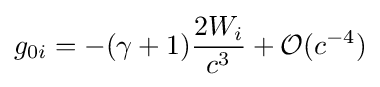
g_{0i}=-(\gamma +1){\frac {2W_{i}}{c^{3}}}+{\mathcal {O}}(c^{-4})